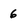
Character: 6